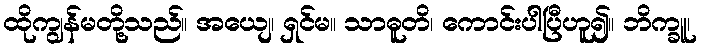
ထိုကျွန်မတို့သည်။ အယျေ၊ ရှင်မ။ သာဓူတိ၊ ကောင်းပါပြီဟူ၍။ ဘိက္ခူ၊